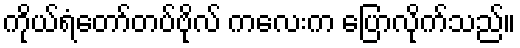
ကိုယ်ရံတော်တပ်ဗိုလ် ကလေးက ပြောလိုက်သည်။